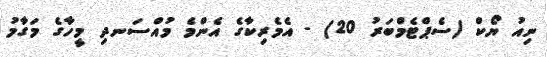
ނިއު ޔޯކް (ސެޕްޓެމްބަރު 20) - އެމެރިކާގެ އެންމެ މުއްސަނދި މީހާގެ މަގާމު